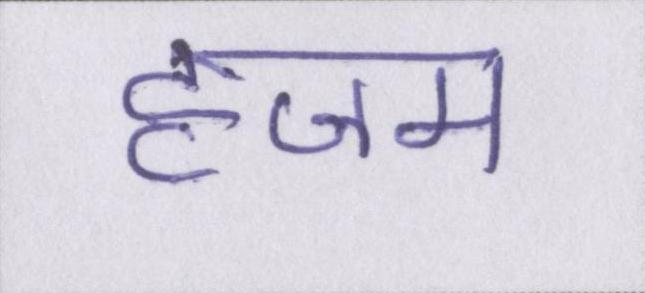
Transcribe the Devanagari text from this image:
हजम